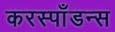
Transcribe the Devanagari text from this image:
करस्‍पाँडन्स